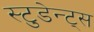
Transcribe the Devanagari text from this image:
स्टुडेन्ट्स